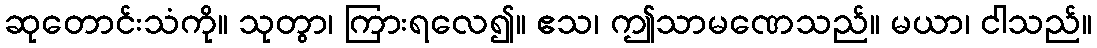
ဆုတောင်းသံကို။ သုတွာ၊ ကြားရလေ၍။ ဧသ၊ ဤသာမဏေသည်။ မယာ၊ ငါသည်။